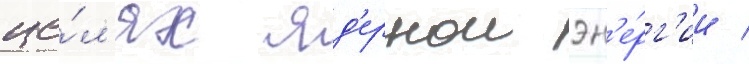
це́л'ях яд'ернои эн'е́рг'ии /